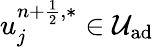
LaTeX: u_{j}^{n+\frac{1}{2},\ast}\in\mathcal{U}_{\textrm{ad}}